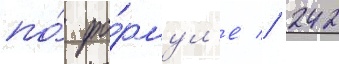
по́ фо́рмул'е // 242